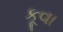
કૂવા